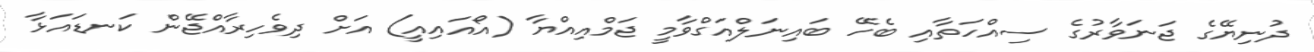
ދުނިޔޭގެ ޖަނަވާރުގެ ސިއްހަތާއި ބެހޭ ބައިނަލްއަގްވާމީ ޖަމްއިއްޔާ (އޯއައިއީ) އަށް ދިވެހިރާއްޖޭން ކަނޑައަޅާ